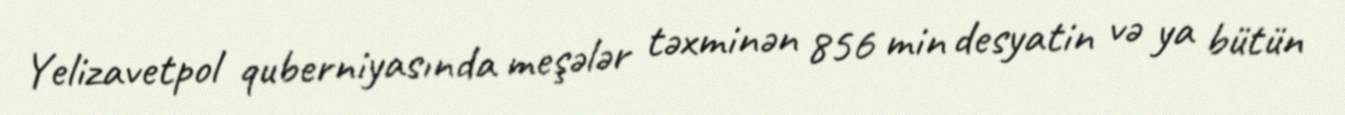
Yelizavetpol quberniyasında meşələr təxminən 856 min desyatin və ya bütün